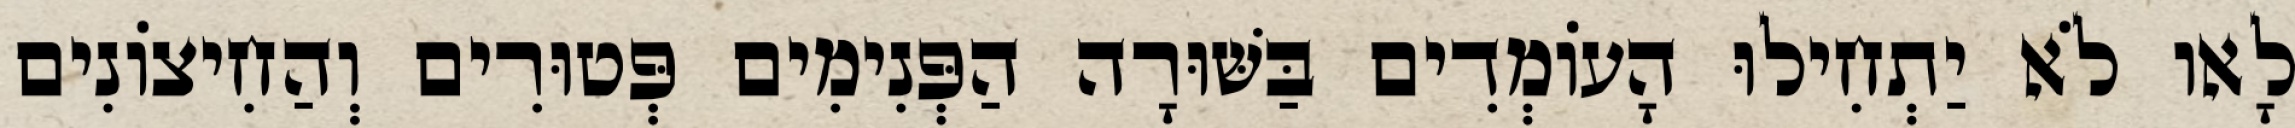
לָאו לֹא יַתְחִילוּ הָעוֹמְדִים בַּשּׁוּרָה הַפְּנִימִים פְּטוּרִים וְהַחִיצוֹנִים